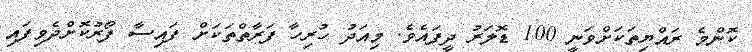
ކޮންމެ ރައްޔިތަކަށްވަނީ 100 ޑޮލަރު ދީފައެވެ. މިއަދު ހުރިހާ ފަރާތްތަކަށް ފައިސާ ފޯރުކޮށްދެވިފައި